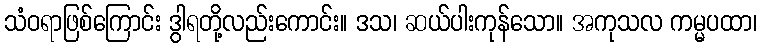
သံဝရာဖြစ်ကြောင်း ဒွါရတို့လည်းကောင်း။ ဒသ၊ ဆယ်ပါးကုန်သော။ အကုသလ ကမ္မပထာ၊